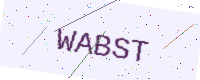
Text: WABST